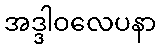
အဒ္ဒါဝလေပနာ